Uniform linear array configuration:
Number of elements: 16
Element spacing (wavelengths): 0.5
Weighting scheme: cosine
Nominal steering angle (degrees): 45
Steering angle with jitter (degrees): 45.272
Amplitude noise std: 0.05
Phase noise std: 0.05

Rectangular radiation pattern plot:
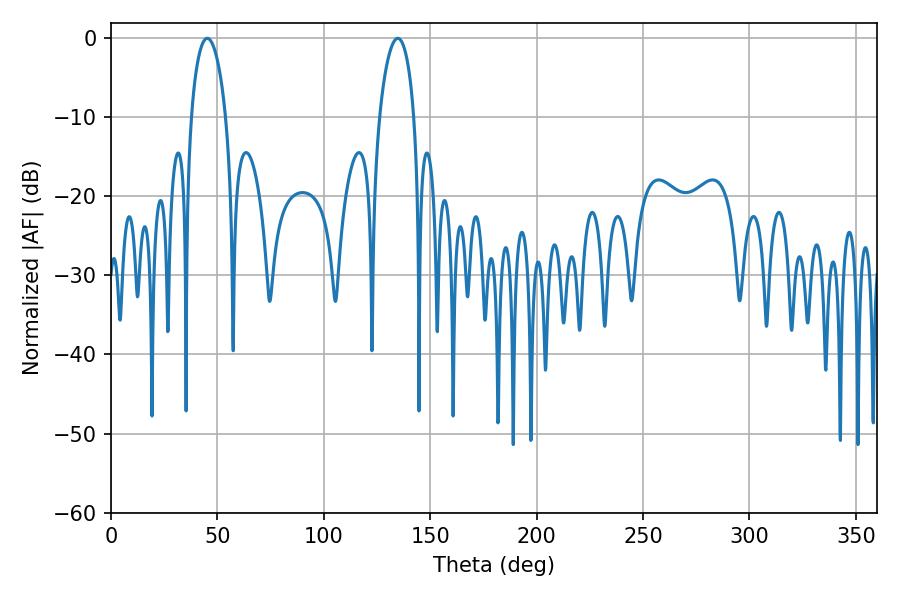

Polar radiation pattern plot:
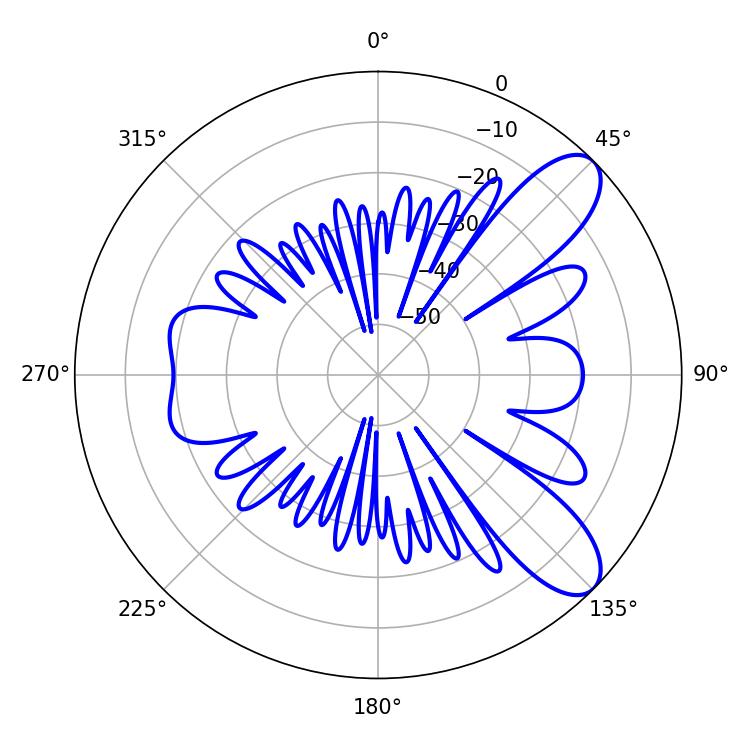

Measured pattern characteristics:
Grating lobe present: FALSE
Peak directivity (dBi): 9.113
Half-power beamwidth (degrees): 9.18
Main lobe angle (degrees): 45.18